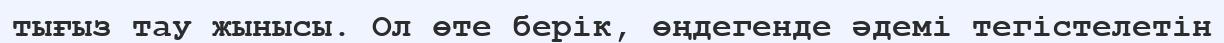
тығыз тау жынысы. Ол өте берік, өңдегенде әдемі тегістелетін